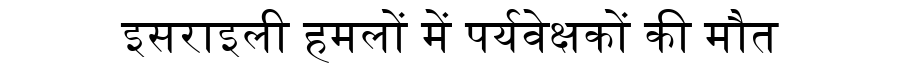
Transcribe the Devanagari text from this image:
इसराइली हमलों में पर्यवेक्षकों की मौत